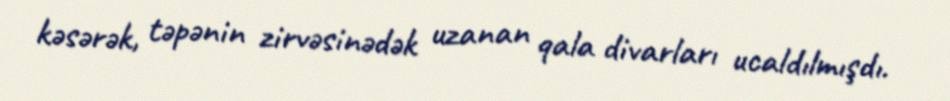
kəsərək, təpənin zirvəsinədək uzanan qala divarları ucaldılmışdı.